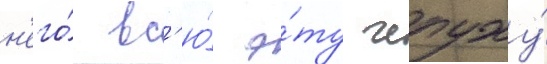
н'его́ вс'ю́ э́ту чепуху́